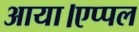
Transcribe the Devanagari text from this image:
आया।एप्पल